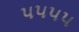
૫૫૫૫